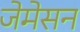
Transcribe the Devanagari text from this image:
जेमेसन